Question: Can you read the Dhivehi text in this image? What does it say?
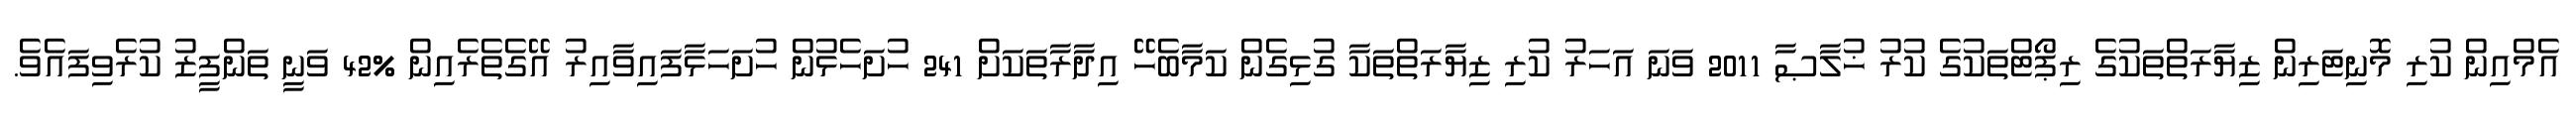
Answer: އެމްއިން ކުރި މޮނިޓަރިން ޒިޔާރަތްތަކުގެ ރިޕޯޓްތަކުގެ ކުރު ޚުލާޞާ 2011 ވަނަ އަހަރު ކުރި ޒިޔާރަތްތަކާ ގުޅިގެން ކަމާބެހޭ އިދާރާތަކަށް 241 ހުށަހެޅުން ހުށަހަޅާފައިވާއިރު އޭގެތެރެއިން %42 ވަނީ ތަންފީޒު ކުރެވިފައެވެ.